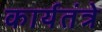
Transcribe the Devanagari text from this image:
कार्यतंत्रे